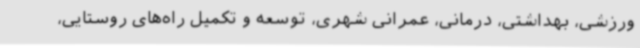
ورزشی، بهداشتی، درمانی، عمرانی شهری، توسعه و تکمیل راه‌های روستایی،